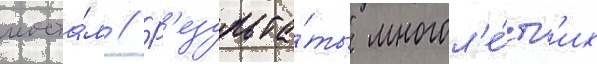
моста́м // Р'езульта́ты многол'е́тн'их